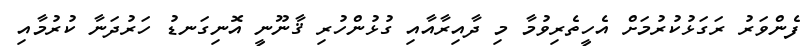
ފެންވަރު ރަގަޅުކުރުމަށް އެހީތެރިވުމާ މި ދާއިރާއާއި ގުޅުންހުރި ޤާނޫނީ އޮނިގަނޑު ހަރުދަނާ ކުރުމާއި